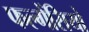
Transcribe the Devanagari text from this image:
फल्गेंसियो